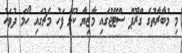
މި މުބާރާތުގެ ގްރޫޕް ސްޓޭޖުގައި މާޒިޔާ ކުޅޭ ފަހު މެޗުގައި ހޯމަ ދުވަހު